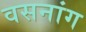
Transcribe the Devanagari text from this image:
वसनांग